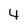
Character: 4